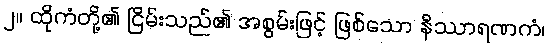
၂။ ထိုကံတို့၏ ငြိမ်းသည်၏ အစွမ်းဖြင့် ဖြစ်သော နိဿာရဏကံ၊